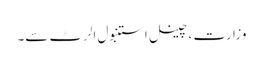
وزارت ، چینل استنبول الرٹ سے۔